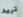
تريد